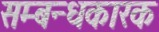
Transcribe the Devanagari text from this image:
सम्बन्धकारक